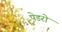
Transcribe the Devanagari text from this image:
पेडरो